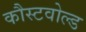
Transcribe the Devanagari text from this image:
कौस्टवोल्ड